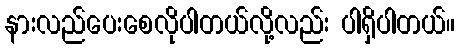
နားလည်ပေးစေလိုပါတယ်လို့လည်း ပါရှိပါတယ်။